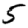
Digit: 5